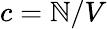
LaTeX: c=\mathbb{N}/V